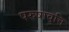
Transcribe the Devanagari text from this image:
परुषावृत्ति